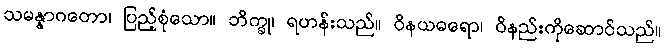
သမန္နာဂတော၊ ပြည့်စုံသော။ ဘိက္ခု၊ ရဟန်းသည်။ ဝိနယဓရော၊ ဝိနည်းကိုဆောင်သည်။